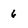
Character: 6